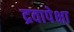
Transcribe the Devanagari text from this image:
द्रवापेक्षा